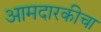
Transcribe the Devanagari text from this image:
आमदारकीचा